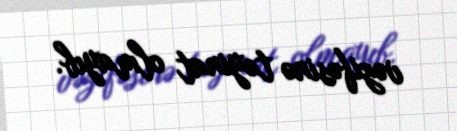
vəzifəsinə təyinat olmayıb.